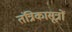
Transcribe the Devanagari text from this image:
तंत्रिकासूत्रों